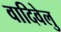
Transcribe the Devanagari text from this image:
वादिवेलु